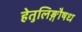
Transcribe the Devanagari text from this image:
हेतुलिङ्गौषध